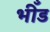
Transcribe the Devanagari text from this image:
भीँड